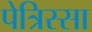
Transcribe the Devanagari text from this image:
पेत्रिस्सा